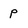
Character: p